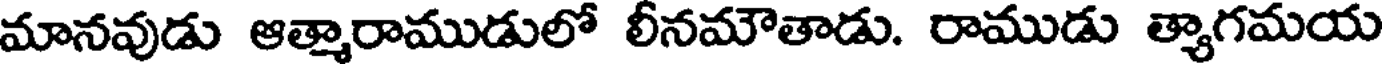
మానవుడు ఆత్మారాముడులో లీనమౌతాడు. రాముడు త్యాగమయ